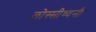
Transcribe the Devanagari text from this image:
लोस्सीध्वनी